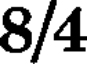
8/4